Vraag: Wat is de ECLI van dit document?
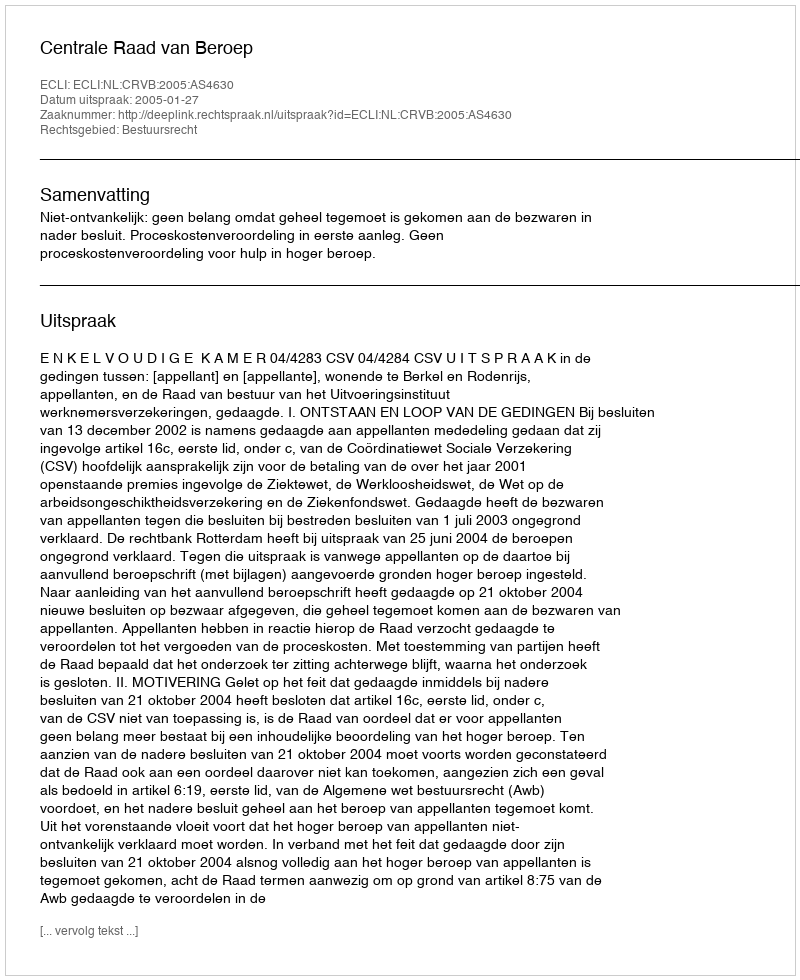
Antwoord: ECLI:NL:CRVB:2005:AS4630